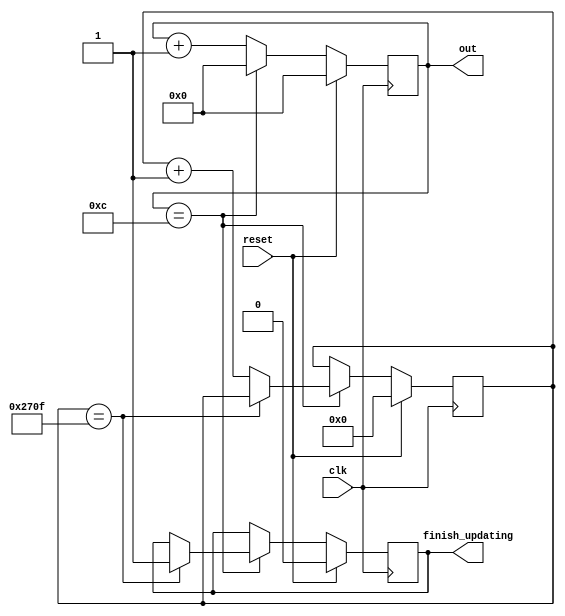
// This program was cloned from: https://github.com/weenslab/fpga101
// License: MIT License

`timescale 1ns / 1ps
//////////////////////////////////////////////////////////////////////////////////
// Company: Kyushu Institute of Technology
// 
// Design Name: Neural Network (using backpropagation)
// Module Name:    counter
// Project Name: LSI Design Contest in Okinawa 2018
// Target Devices: 
// Tool versions: 
//
// Description: 
// 	counter for signal to insert in k1, k2, t1 and t2
// Input:
//		clk				: 1 bit
//		reset 			: 1 bit : high active
// Output: 
//		out				: 4 bits 0000 unsigned: active after during renewal of parameter
//      finish_updating : 1 bit  : 
// Latency:
// 
// Dependencies: 
//
// Revision: 
// Revision 0.01 - File Created
// Name : date : what changed
// Additional Comments: 
//
//////////////////////////////////////////////////////////////////////////////////
module counter (  input clk,
                  input reset,
                  output reg [3:0] out,
                  output reg finish_updating);
  parameter N=13;                        // Number of clock for 1 renewal
  parameter M=10000;                     // Number of updating 
  
  reg [15:0] Nupdate;
 
  always @ (posedge clk) begin
    if (reset==1)
      out <= 0;
    else if(out==(N-1))
      out <= 4'b0000;
    else 
      out <= out + 4'b0001;
  end
  
  always @ (posedge clk) begin
    if (reset==1)
    begin
      Nupdate <= 0;
      finish_updating <= 0;
    end
    else if(out==(N-1))
    begin
        if(Nupdate == (M-1))
        begin
            finish_updating <= 1;
            Nupdate <= Nupdate;
        end
        else
        begin
              Nupdate <= Nupdate + 16'd1;
              finish_updating <= finish_updating;
        end
    end
    else
    begin 
      Nupdate <= Nupdate;
      finish_updating <= finish_updating;
    end
  end
  
endmodule